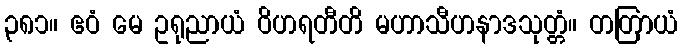
၃၈၁။ ဧဝံ မေ ဥရုညာယံ ဝိဟရတီတိ မဟာသီဟနာဒသုတ္တံ။ တတြာယံ